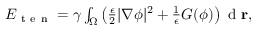
\begin{array} { r } { E _ { \mathrm { ~ t ~ e ~ n ~ } } = \gamma \int _ { \Omega } \left( \frac { \epsilon } { 2 } | \nabla \phi | ^ { 2 } + \frac { 1 } { \epsilon } G ( \phi ) \right) \mathrm { ~ d ~ } \mathbf { r } , } \end{array}